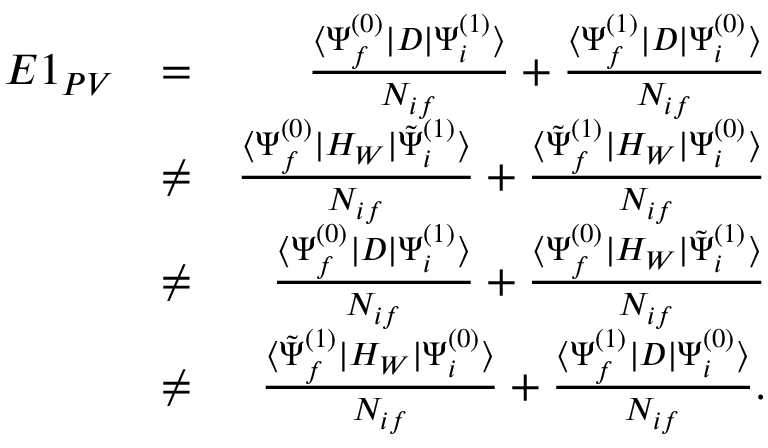
\begin{array} { r l r } { E 1 _ { P V } } & { = } & { \frac { \langle \Psi _ { f } ^ { ( 0 ) } | D | \Psi _ { i } ^ { ( 1 ) } \rangle } { { \cal N } _ { i f } } + \frac { \langle \Psi _ { f } ^ { ( 1 ) } | D | \Psi _ { i } ^ { ( 0 ) } \rangle } { { \cal N } _ { i f } } } \\ & { \ne } & { \frac { \langle \Psi _ { f } ^ { ( 0 ) } | H _ { W } | \tilde { \Psi } _ { i } ^ { ( 1 ) } \rangle } { { \cal N } _ { i f } } + \frac { \langle \tilde { \Psi } _ { f } ^ { ( 1 ) } | H _ { W } | \Psi _ { i } ^ { ( 0 ) } \rangle } { { \cal N } _ { i f } } } \\ & { \ne } & { \frac { \langle \Psi _ { f } ^ { ( 0 ) } | D | \Psi _ { i } ^ { ( 1 ) } \rangle } { { \cal N } _ { i f } } + \frac { \langle \Psi _ { f } ^ { ( 0 ) } | H _ { W } | \tilde { \Psi } _ { i } ^ { ( 1 ) } \rangle } { { \cal N } _ { i f } } } \\ & { \ne } & { \frac { \langle \tilde { \Psi } _ { f } ^ { ( 1 ) } | H _ { W } | \Psi _ { i } ^ { ( 0 ) } \rangle } { { \cal N } _ { i f } } + \frac { \langle \Psi _ { f } ^ { ( 1 ) } | D | \Psi _ { i } ^ { ( 0 ) } \rangle } { { \cal N } _ { i f } } . } \end{array}